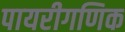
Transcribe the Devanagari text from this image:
पायरीगणिक